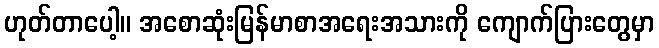
ဟုတ်တာပေါ့။ အစောဆုံးမြန်မာစာအရေးအသားကို ကျောက်ပြားတွေမှာ